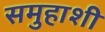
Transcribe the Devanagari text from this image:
समुहाशी